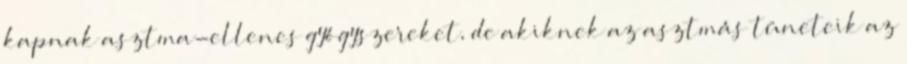
kapnak asztma-ellenes gyógyszereket, de akiknek az asztmás tüneteik az